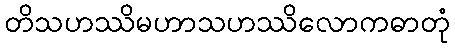
တိသဟဿိမဟာသဟဿိလောကဓာတုံ